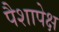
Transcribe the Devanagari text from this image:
पैशापेक्ष